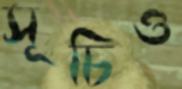
সূচিও